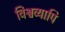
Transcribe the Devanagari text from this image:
विश्वव्यापि